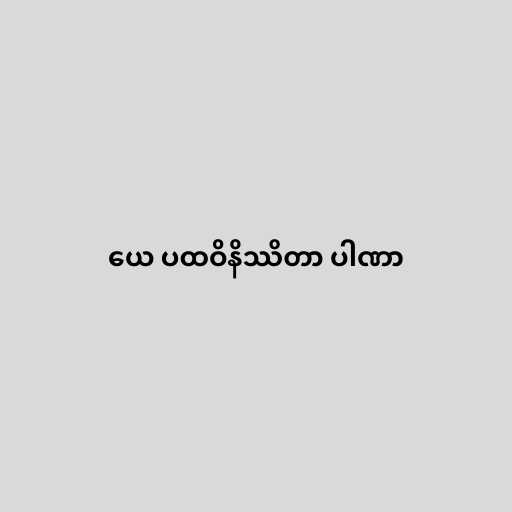
ယေ ပထဝိနိဿိတာ ပါဏာ